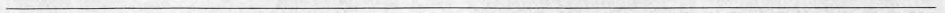
___